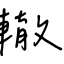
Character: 轍